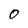
Character: 0